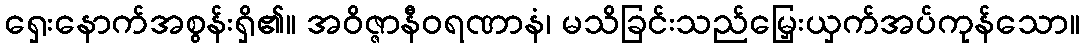
ရှေးနောက်အစွန်းရှိ၏။ အဝိဇ္ဇာနီဝရဏာနံ၊ မသိခြင်းသည်မြှေးယှက်အပ်ကုန်သော။